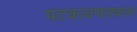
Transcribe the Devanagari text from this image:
पटकावणाऱ्याला